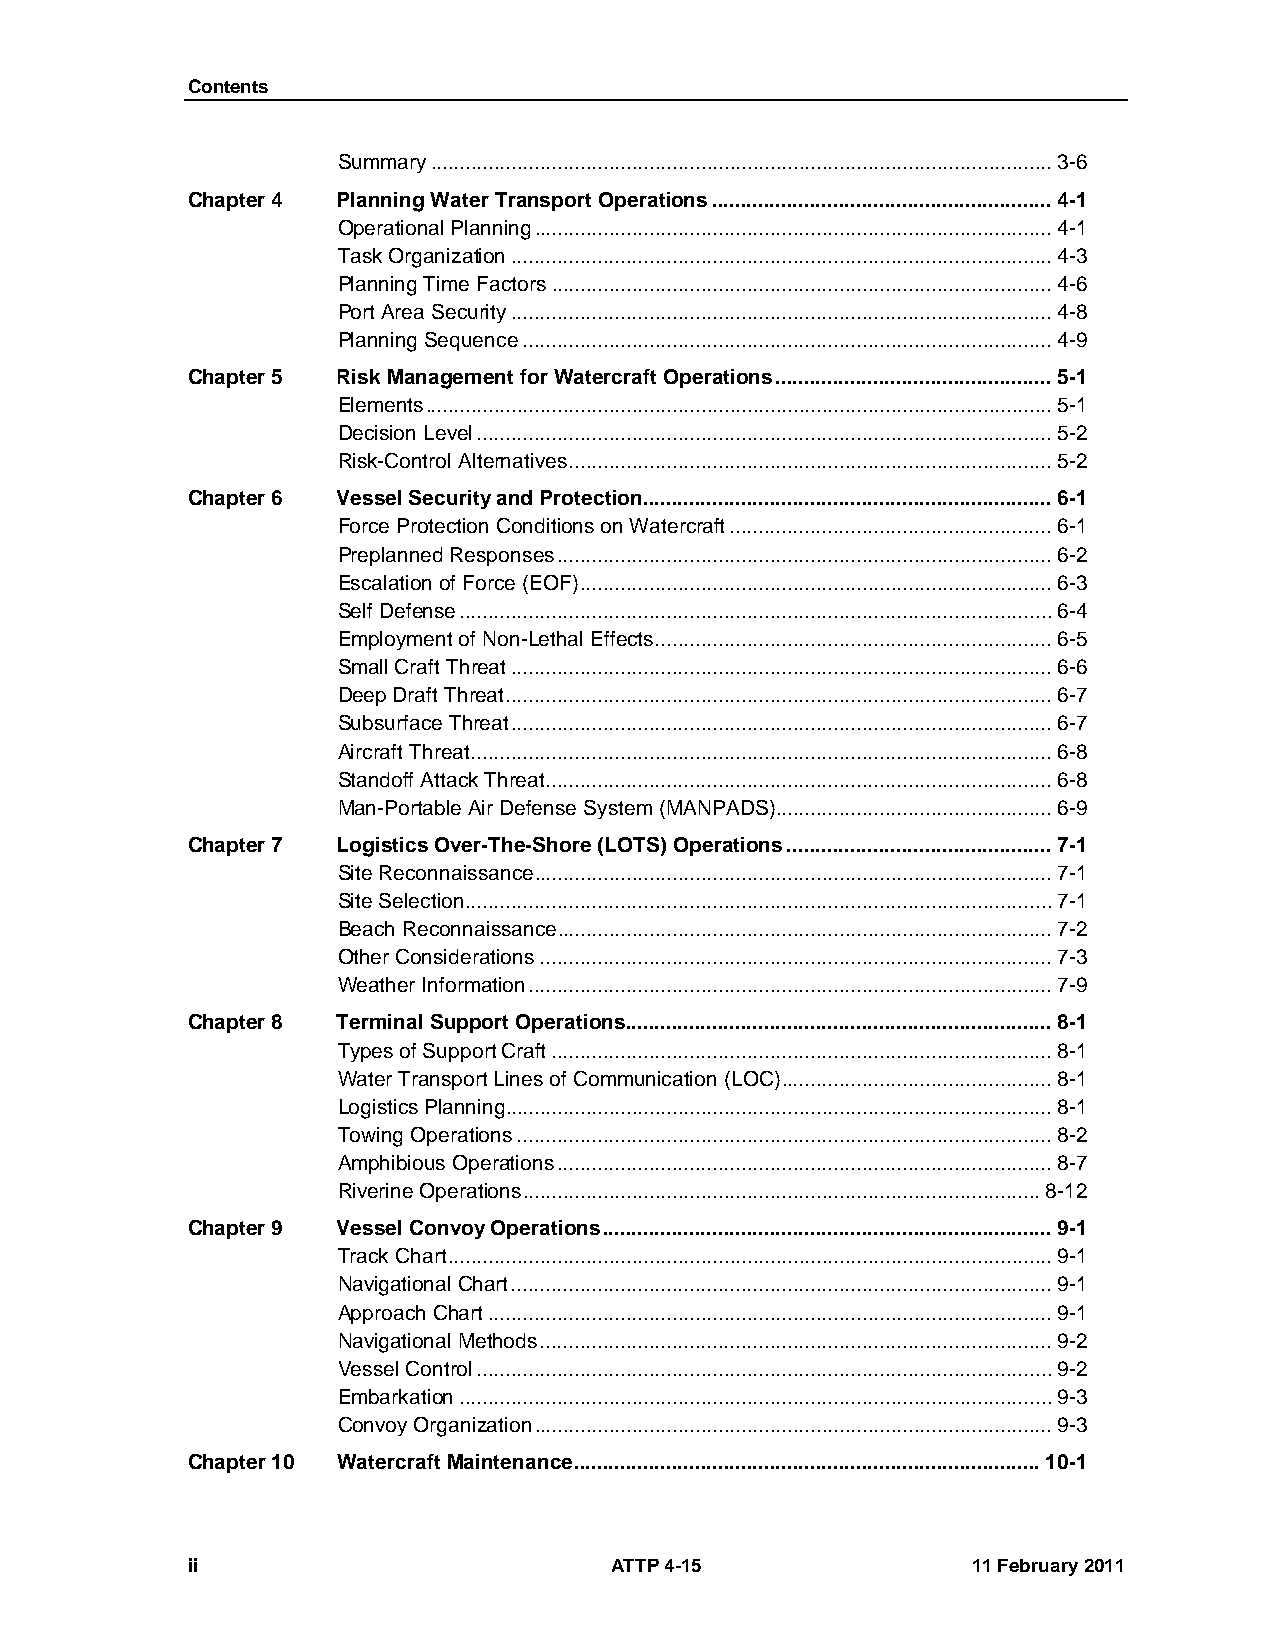
Contents
 Summary ............................................................................................................ 3-6
 Chapter 4 Planning Water Transport Operations ........................................................... 4-1
 Operational Planning .......................................................................................... 4-1
 Task Organization .............................................................................................. 4-3
 Planning Time Factors ....................................................................................... 4-6
 Port Area Security .............................................................................................. 4-8
 Planning Sequence ............................................................................................ 4-9
 Chapter 5 Risk Management for Watercraft Operations ................................................ 5-1
 Elements ............................................................................................................. 5-1
 Decision Level .................................................................................................... 5-2
 Risk-Control Alternatives .................................................................................... 5-2
 Chapter 6 Vessel Security and Protection ....................................................................... 6-1
 Force Protection Conditions on Watercraft ........................................................ 6-1
 Preplanned Responses ...................................................................................... 6-2
 Escalation of Force (EOF) .................................................................................. 6-3
 Self Defense ....................................................................................................... 6-4
 Employment of Non-Lethal Effects ..................................................................... 6-5
 Small Craft Threat .............................................................................................. 6-6
 Deep Draft Threat ............................................................................................... 6-7
 Subsurface Threat .............................................................................................. 6-7
 Aircraft Threat ..................................................................................................... 6-8
 Standoff Attack Threat ........................................................................................ 6-8
 Man-Portable Air Defense System (MANPADS) ................................................ 6-9
 Chapter 7 Logistics Over-The-Shore (LOTS) Operations .............................................. 7-1
 Site Reconnaissance .......................................................................................... 7-1
 Site Selection ...................................................................................................... 7-1
 Beach Reconnaissance ...................................................................................... 7-2
 Other Considerations ......................................................................................... 7-3
 Weather Information ........................................................................................... 7-9
 Chapter 8 Terminal Support Operations .......................................................................... 8-1
 Types of Support Craft ....................................................................................... 8-1
 Water Transport Lines of Communication (LOC) ............................................... 8-1
 Logistics Planning ............................................................................................... 8-1
 Towing Operations ............................................................................................. 8-2
 Amphibious Operations ...................................................................................... 8-7
 Riverine Operations .......................................................................................... 8-12
 Chapter 9 Vessel Convoy Operations .............................................................................. 9-1
 Track Chart ......................................................................................................... 9-1
 Navigational Chart .............................................................................................. 9-1
 Approach Chart .................................................................................................. 9-1
 Navigational Methods ......................................................................................... 9-2
 Vessel Control .................................................................................................... 9-2
 Embarkation ....................................................................................................... 9-3
 Convoy Organization .......................................................................................... 9-3
 Chapter 10 Watercraft Maintenance ................................................................................. 10-1
 ii                          ATTP 4-15               11 February 2011